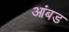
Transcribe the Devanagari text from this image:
आंबड